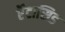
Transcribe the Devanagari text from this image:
ऍंटासिड